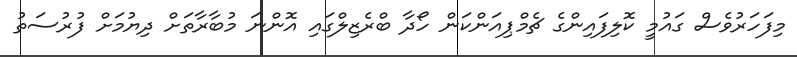
މިފަހަރުވެސް ގައުމީ ކޮލިފައިންގެ ޗެމްޕިއަންކަން ހޯދާ ބްރެޒިލްގައި އޮންނަ މުބާރާތަށް ދިޔުމަށް ފުރުސަތު